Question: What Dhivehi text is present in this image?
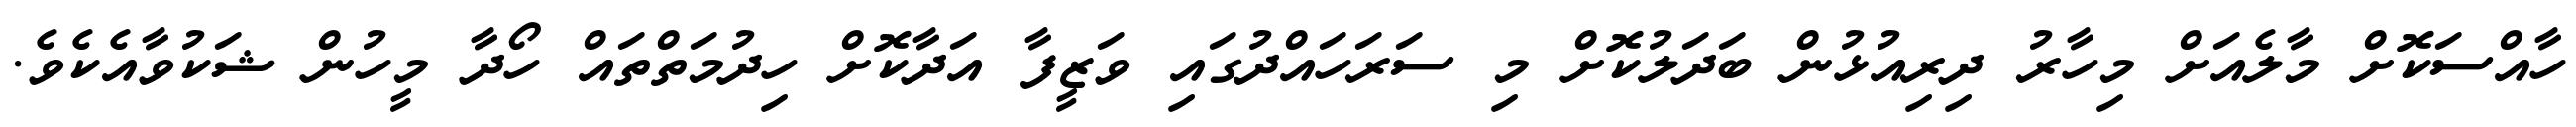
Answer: ހާއްސަކޮށް މާލެއަށް މިހާރު ދިރިއުޅުން ބަދަލުކޮށް މި ސަރަހައްދުގައި ވަޒީފާ އަދާކޮށް ހިދުމަތްތައް ހޯދާ މީހުން ޝަކުވާއެކެވެ.